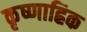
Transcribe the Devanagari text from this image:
कृष्णाह्रिक